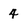
Character: 4